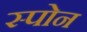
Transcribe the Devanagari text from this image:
स्पोन